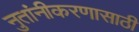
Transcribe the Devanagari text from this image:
नुतांनीकरणासाठी